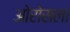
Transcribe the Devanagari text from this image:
ओरोसला